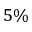
5 \%